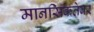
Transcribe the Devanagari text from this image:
मानसिकतेवर